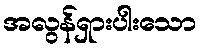
အလွန်ရှားပါးသော